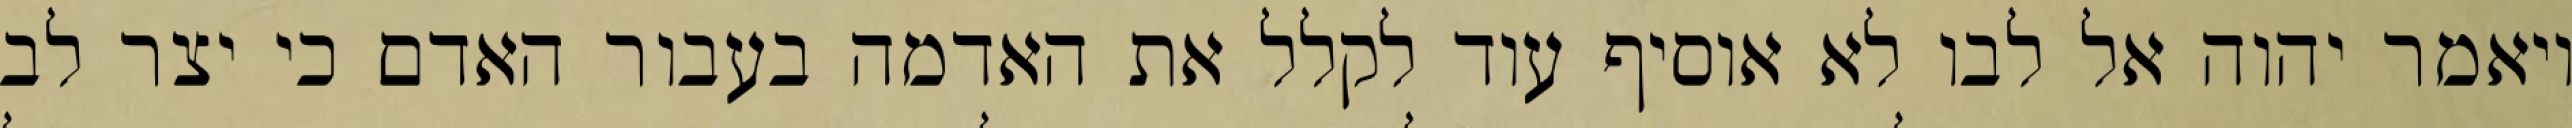
ויאמר יהוה אל לבו לא אוסיף עוד לקלל את האדמה בעבור האדם כי יצר לב